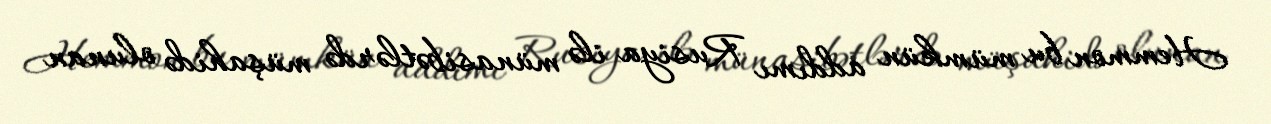
Hemmon bu mümkün addımı Rusiya ilə münasibətlərdə müşahidə olunan